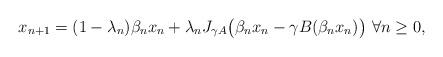
LaTeX: \begin{align*}x_{n+1}=(1-\lambda_n)\beta_nx_n+\lambda_n J_{\gamma A}\big(\beta_nx_n-\gamma B(\beta_nx_n)\big) \ \forall n\geq 0,\end{align*}